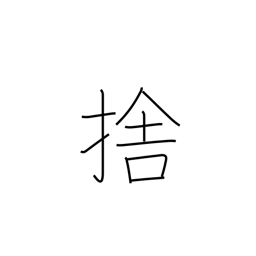
Meaning: throw away